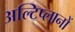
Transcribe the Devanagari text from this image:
अल्टिप्लानों